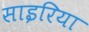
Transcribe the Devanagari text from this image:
साइरिया